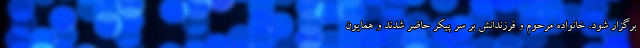
برگزار شود. خانواده مرحوم و فرزندانش بر سر پیکر حاضر شدند و همایون